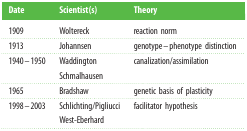
<table><thead><tr><td><b>Date</b></td><td><b>Scientist(s)</b></td><td><b>Theory</b></td></tr></thead><tbody><tr><td>1909</td><td>Woltereck</td><td>reaction norm</td></tr><tr><td>1913</td><td>Johannsen</td><td>genotype–phenotype distinction</td></tr><tr><td>1940–1950</td><td>WaddingtonSchmalhausen</td><td>canalization/assimilation</td></tr><tr><td>1965</td><td>Bradshaw</td><td>genetic basis of plasticity</td></tr><tr><td>1998–2003</td><td>Schlichting/PigliucciWest-Eberhard</td><td>facilitator hypothesis</td></tr></tbody></table>